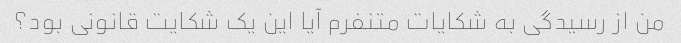
من از رسیدگی به شکایات متنفرم آیا این یک شکایت قانونی بود؟